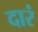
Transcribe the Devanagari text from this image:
दारं